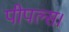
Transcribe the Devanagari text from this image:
पीपल्स।